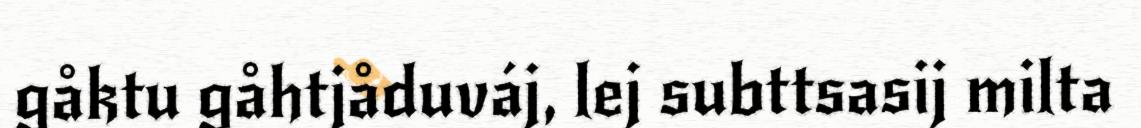
gåktu gåhtjåduváj, lej subttsasij milta